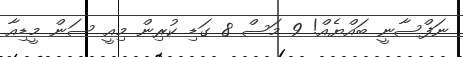
ނަފްސާނީ ބައްޔެއް! 9 މަސް 8 ގަޑި ކުރިން މިއީ ސަން މީޑިއާ